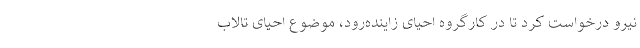
نیرو درخواست کرد تا در کارگروه احیای زاینده‌رود، موضوع احیای تالاب